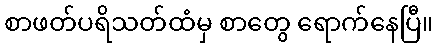
စာဖတ်ပရိသတ်ထံမှ စာတွေ ရောက်နေပြီ။